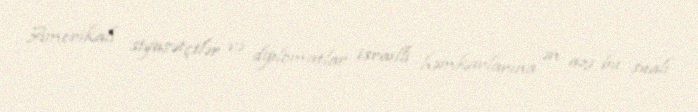
Amerikalı siyasətçilər və diplomatlar israilli həmkarlarına ən azı bu sualı